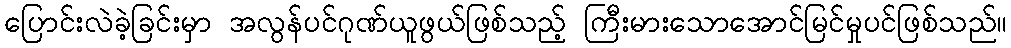
ပြောင်းလဲခဲ့ခြင်းမှာ အလွန်ပင်ဂုဏ်ယူဖွယ်ဖြစ်သည့် ကြီးမားသောအောင်မြင်မှုပင်ဖြစ်သည်။